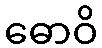
ဓောဝိ